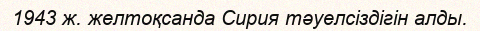
1943 ж. желтоқсанда Сирия тәуелсіздігін алды.